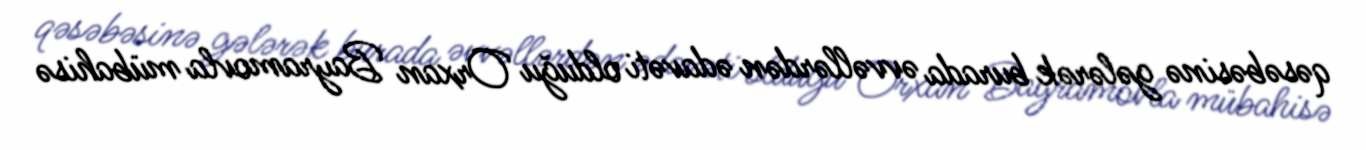
qəsəbəsinə gələrək burada əvvəllərdən ədavəti olduğu Orxan Bayramovla mübahisə